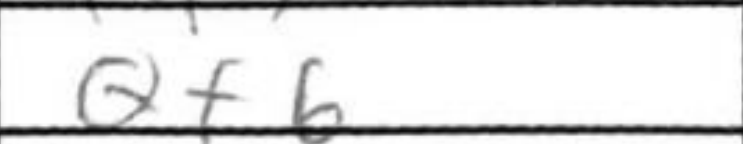
Transcription: Qf6